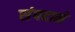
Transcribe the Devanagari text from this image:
संपदामे